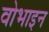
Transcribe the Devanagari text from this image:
वोभाइन